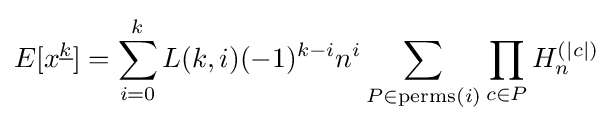
E[x^{\underline {k}}]=\sum _{i=0}^{k}L(k,i)(-1)^{k-i}n^{i}\sum _{P\in \mathrm {perms} (i)}\prod _{c\in P}H_{n}^{(|c|)}